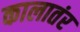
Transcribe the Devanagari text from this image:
कालातंर